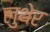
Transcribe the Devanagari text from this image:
लुथेर